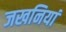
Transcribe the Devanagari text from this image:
जखनियां